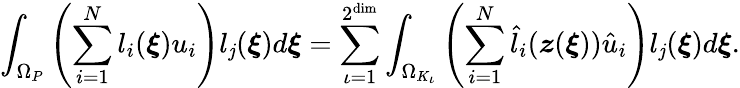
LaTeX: \int_{\Omega_{P}}\left(\sum_{i=1}^{N}l_{i}(\boldsymbol{\xi})u_{i}\right)l_{\mathit{j}}(\boldsymbol{\xi})d\boldsymbol{\xi}=\sum_{\iota=1}^{2^{\dim}}\int_{\Omega_{K_{\iota}}}\left(\sum_{i=1}^{N}\hat{{l}}_{i}(\boldsymbol{z}(\boldsymbol{\xi}))\hat{{u}}_{i}\right)l_{\mathit{j}}(\boldsymbol{\xi})d\boldsymbol{\xi}.